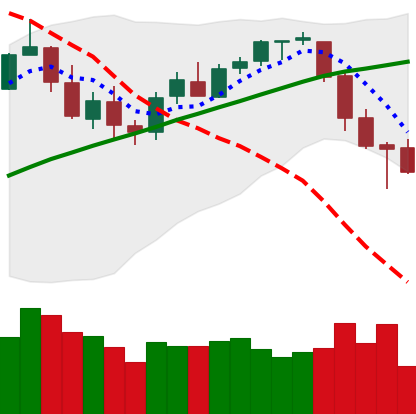
Ticker: BTC-USD
Chart end date: 2018-03-10
Forward return: -6.374%
Label: down_5_7